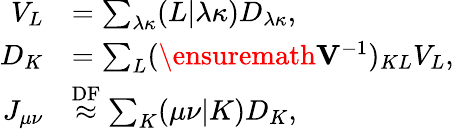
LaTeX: \begin{array}{rl}{V_{L}}&{=\sum_{\lambda\kappa}(L\vert\lambda\kappa)D_{\lambda\kappa},}\\ {D_{K}}&{=\sum_{L}(\ensuremath\mathbf{V}^{-1})_{KL}V_{L},}\\ {J_{\mu\nu}}&{\overset{\mathrm{DF}}{\approx}\sum_{K}(\mu\nu\vert K)D_{K},}\end{array}